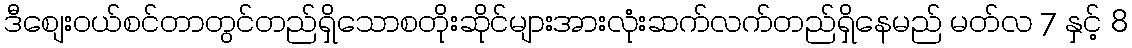
ဒီစျေးဝယ်စင်တာတွင်တည်ရှိသောစတိုးဆိုင်များအားလုံးဆက်လက်တည်ရှိနေမည် မတ်လ 7 နှင့် 8